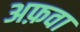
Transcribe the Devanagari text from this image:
अफ़वा